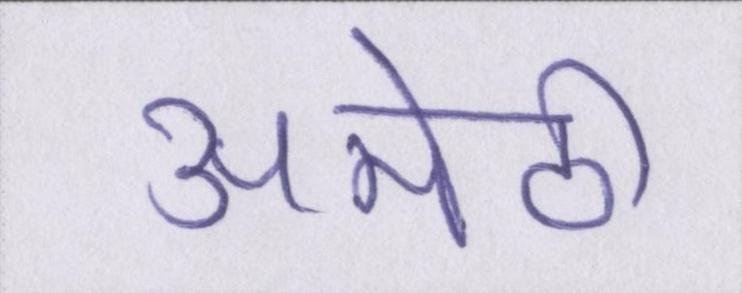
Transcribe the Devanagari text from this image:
अमेठी